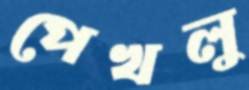
পেখলু